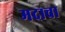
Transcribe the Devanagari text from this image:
मदाचा